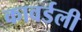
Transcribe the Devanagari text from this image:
कावर्डली